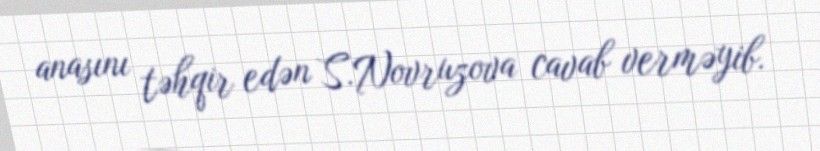
anasını təhqir edən S.Novruzova cavab verməyib.